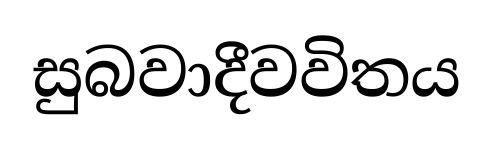
සුබවාදීවවිතය